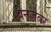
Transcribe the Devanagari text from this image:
थेनजेवर